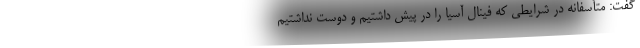
گفت:‌ متأسفانه در شرایطی که فینال آسیا را در پیش داشتیم و دوست نداشتیم